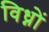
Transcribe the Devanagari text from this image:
विध्नों